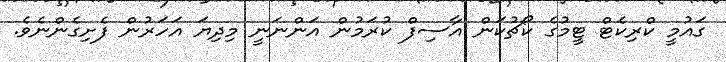
ގައުމީ ކްރިކެޓް ޓީމުގެ ކޯޗުކަން އާސިފް ކުރަމުން އަންނަނީ މިދިޔަ އަހަރުން ފެށިގެންނެވެ.